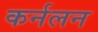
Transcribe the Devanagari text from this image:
कर्नलन